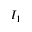
I _ { 1 }